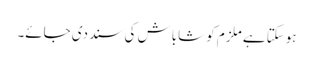
ہوسکتا ہے ملزم کو شاباش کی سند دی جائے۔